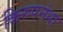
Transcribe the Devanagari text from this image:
किरुपनंधा